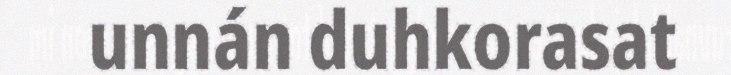
unnán duhkorasat